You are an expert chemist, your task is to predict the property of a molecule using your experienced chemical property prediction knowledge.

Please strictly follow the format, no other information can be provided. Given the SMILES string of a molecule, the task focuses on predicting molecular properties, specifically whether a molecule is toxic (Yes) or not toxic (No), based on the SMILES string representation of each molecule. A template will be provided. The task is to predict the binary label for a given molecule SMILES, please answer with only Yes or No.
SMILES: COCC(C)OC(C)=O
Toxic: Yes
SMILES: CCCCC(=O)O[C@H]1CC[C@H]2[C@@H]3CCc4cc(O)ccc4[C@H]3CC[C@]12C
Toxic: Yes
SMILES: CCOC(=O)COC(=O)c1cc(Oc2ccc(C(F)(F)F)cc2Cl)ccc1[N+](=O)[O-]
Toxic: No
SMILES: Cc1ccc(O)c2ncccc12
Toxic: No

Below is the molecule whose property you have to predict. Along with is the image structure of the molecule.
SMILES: CCCCCCCC#N
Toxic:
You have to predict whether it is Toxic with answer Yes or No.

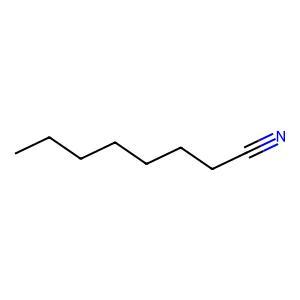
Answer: No